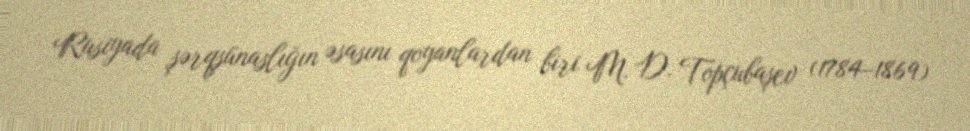
Rusiyada şərqşünaslığın əsasını qoyanlardan biri M. D. Topçubaşev (1784–1869)